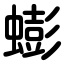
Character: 蟛